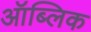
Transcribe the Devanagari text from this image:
ऑब्लिक